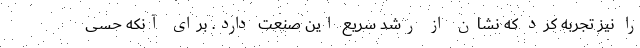
را نیز تجربه کرد که نشان از رشد سریع این صنعت دارد. برای آنکه حسی